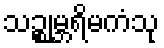
သဉ္စုမ္ဘရိမကံသု